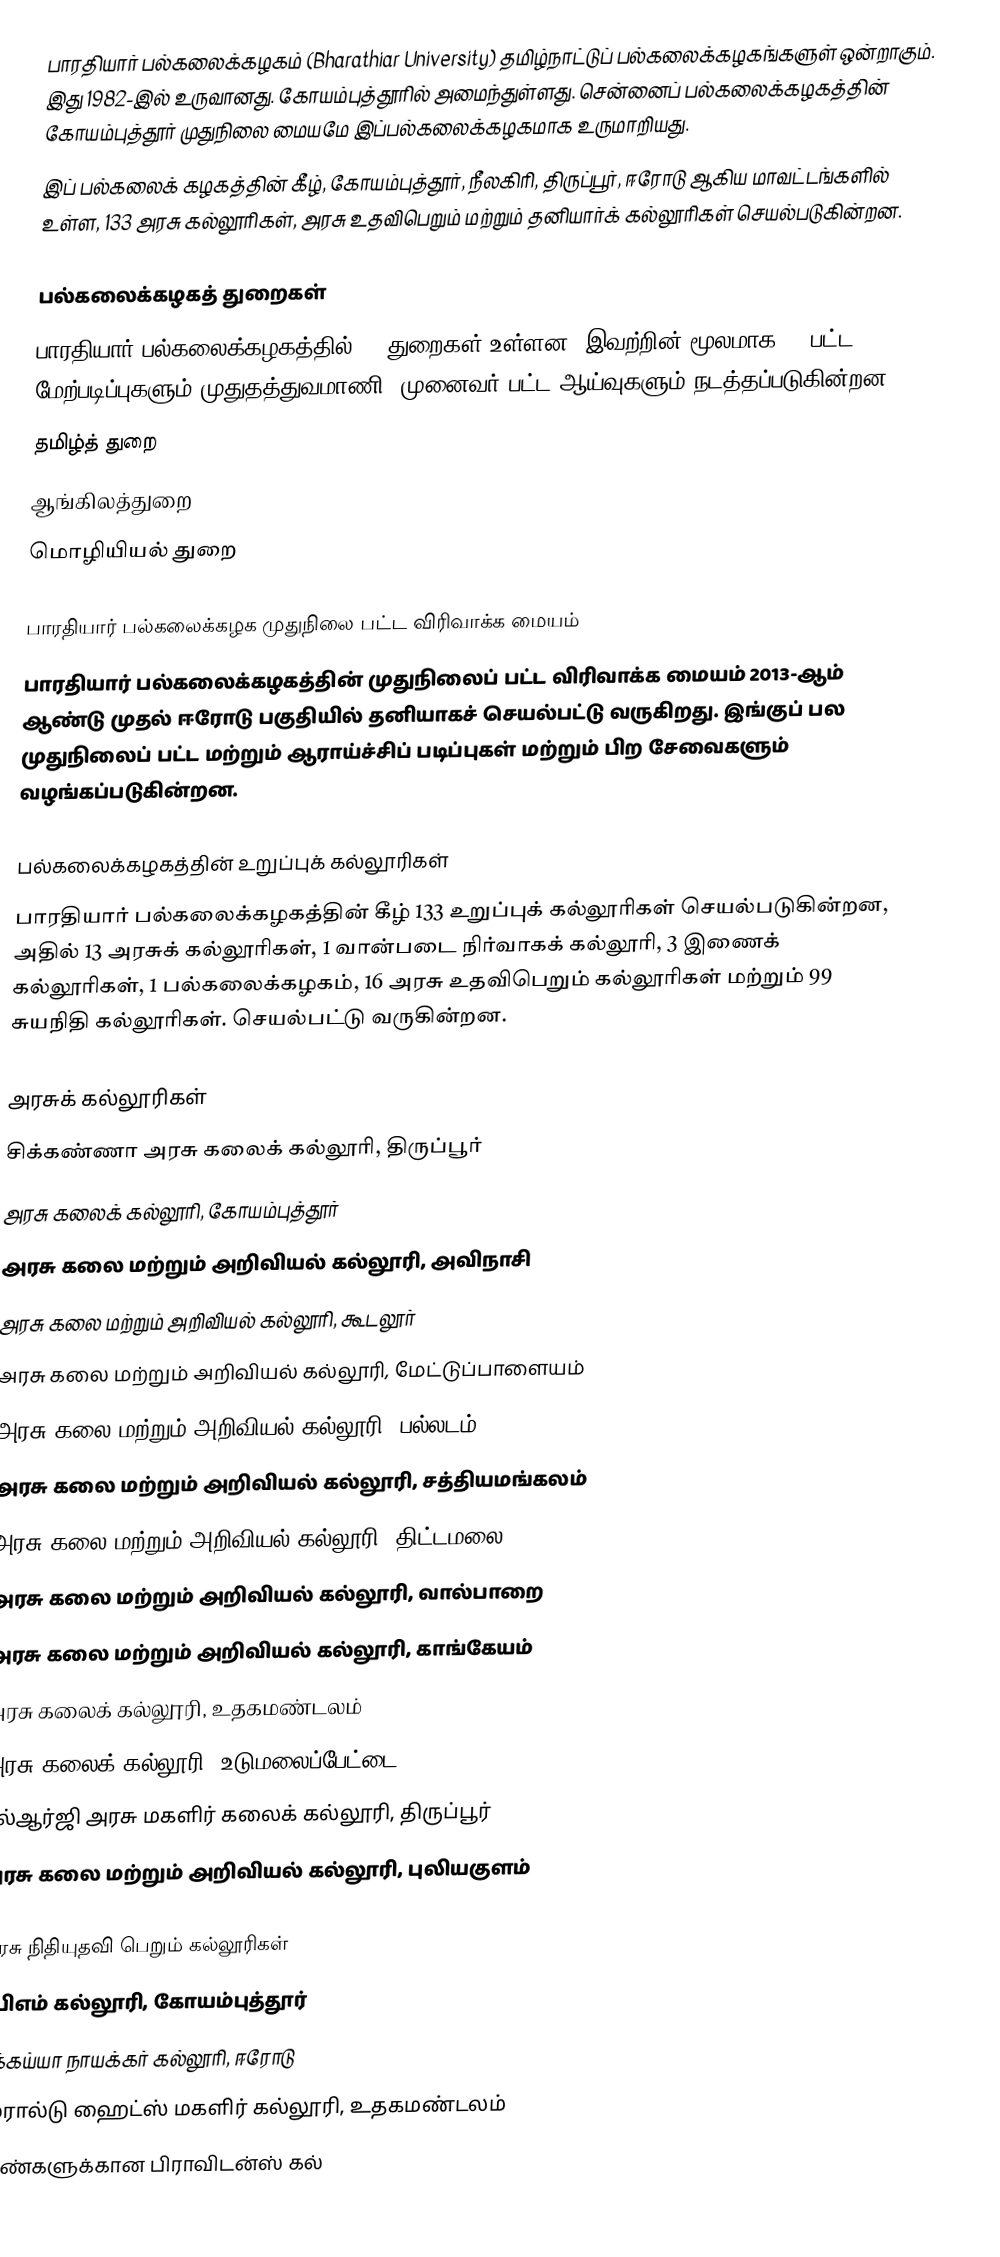
பாரதியார் பல்கலைக்கழகம் (Bharathiar University) தமிழ்நாட்டுப் பல்கலைக்கழகங்களுள் ஒன்றாகும். இது 1982-இல் உருவானது. கோயம்புத்தூரில் அமைந்துள்ளது. சென்னைப் பல்கலைக்கழகத்தின் கோயம்புத்தூர் முதுநிலை மையமே இப்பல்கலைக்கழகமாக உருமாறியது.
 இப் பல்கலைக் கழகத்தின் கீழ், கோயம்புத்தூர், நீலகிரி, திருப்பூர், ஈரோடு ஆகிய மாவட்டங்களில் உள்ள, 133 அரசு கல்லூரிகள், அரசு உதவிபெறும் மற்றும் தனியார்க் கல்லூரிகள் செயல்படுகின்றன.

பல்கலைக்கழகத் துறைகள்
பாரதியார் பல்கலைக்கழகத்தில் 39 துறைகள் உள்ளன. இவற்றின் மூலமாக 54 பட்ட மேற்படிப்புகளும் முதுதத்துவமாணி, முனைவர் பட்ட ஆய்வுகளும் நடத்தப்படுகின்றன.
 தமிழ்த் துறை
 ஆங்கிலத்துறை
 மொழியியல் துறை

பாரதியார் பல்கலைக்கழக முதுநிலை பட்ட விரிவாக்க மையம்
பாரதியார் பல்கலைக்கழகத்தின் முதுநிலைப் பட்ட விரிவாக்க மையம் 2013-ஆம் ஆண்டு முதல் ஈரோடு பகுதியில் தனியாகச் செயல்பட்டு வருகிறது. இங்குப் பல முதுநிலைப் பட்ட மற்றும் ஆராய்ச்சிப் படிப்புகள் மற்றும் பிற சேவைகளும் வழங்கப்படுகின்றன.

பல்கலைக்கழகத்தின் உறுப்புக் கல்லூரிகள்
பாரதியார் பல்கலைக்கழகத்தின் கீழ் 133 உறுப்புக் கல்லூரிகள் செயல்படுகின்றன, அதில் 13 அரசுக் கல்லூரிகள், 1 வான்படை நிர்வாகக் கல்லூரி, 3 இணைக்  கல்லூரிகள், 1 பல்கலைக்கழகம், 16 அரசு உதவிபெறும் கல்லூரிகள் மற்றும் 99 சுயநிதி கல்லூரிகள்.  செயல்பட்டு வருகின்றன.

அரசுக் கல்லூரிகள்
 சிக்கண்ணா அரசு கலைக் கல்லூரி, திருப்பூர்
 அரசு கலைக் கல்லூரி, கோயம்புத்தூர்
 அரசு கலை மற்றும் அறிவியல் கல்லூரி, அவிநாசி
 அரசு கலை மற்றும் அறிவியல் கல்லூரி, கூடலூர்
 அரசு கலை மற்றும் அறிவியல் கல்லூரி, மேட்டுப்பாளையம்
 அரசு கலை மற்றும் அறிவியல் கல்லூரி, பல்லடம்
 அரசு கலை மற்றும் அறிவியல் கல்லூரி, சத்தியமங்கலம்
 அரசு கலை மற்றும் அறிவியல் கல்லூரி, திட்டமலை
 அரசு கலை மற்றும் அறிவியல் கல்லூரி, வால்பாறை
 அரசு கலை மற்றும் அறிவியல் கல்லூரி, காங்கேயம்
 அரசு கலைக் கல்லூரி, உதகமண்டலம்
 அரசு கலைக் கல்லூரி, உடுமலைப்பேட்டை
 எல்ஆர்ஜி அரசு மகளிர் கலைக் கல்லூரி, திருப்பூர்
 அரசு கலை மற்றும் அறிவியல் கல்லூரி, புலியகுளம்

அரசு நிதியுதவி பெறும் கல்லூரிகள்
 சிபிஎம் கல்லூரி, கோயம்புத்தூர்
 சிக்கய்யா நாயக்கர் கல்லூரி, ஈரோடு
 எமரால்டு ஹைட்ஸ் மகளிர் கல்லூரி, உதகமண்டலம்
 பெண்களுக்கான பிராவிடன்ஸ் கல்